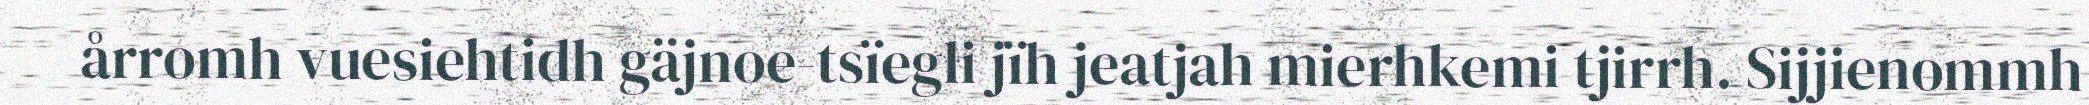
årromh vuesiehtidh gäjnoe-tsïegli jïh jeatjah mierhkemi tjirrh. Sijjienommh